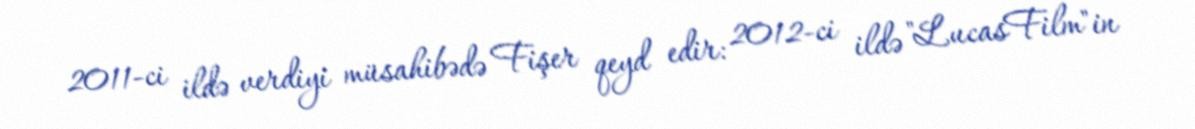
2011-ci ildə verdiyi müsahibədə Fişer qeyd edir: 2012-ci ildə "LucasFilm"in